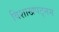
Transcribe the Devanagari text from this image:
विशाखपट्‌नम